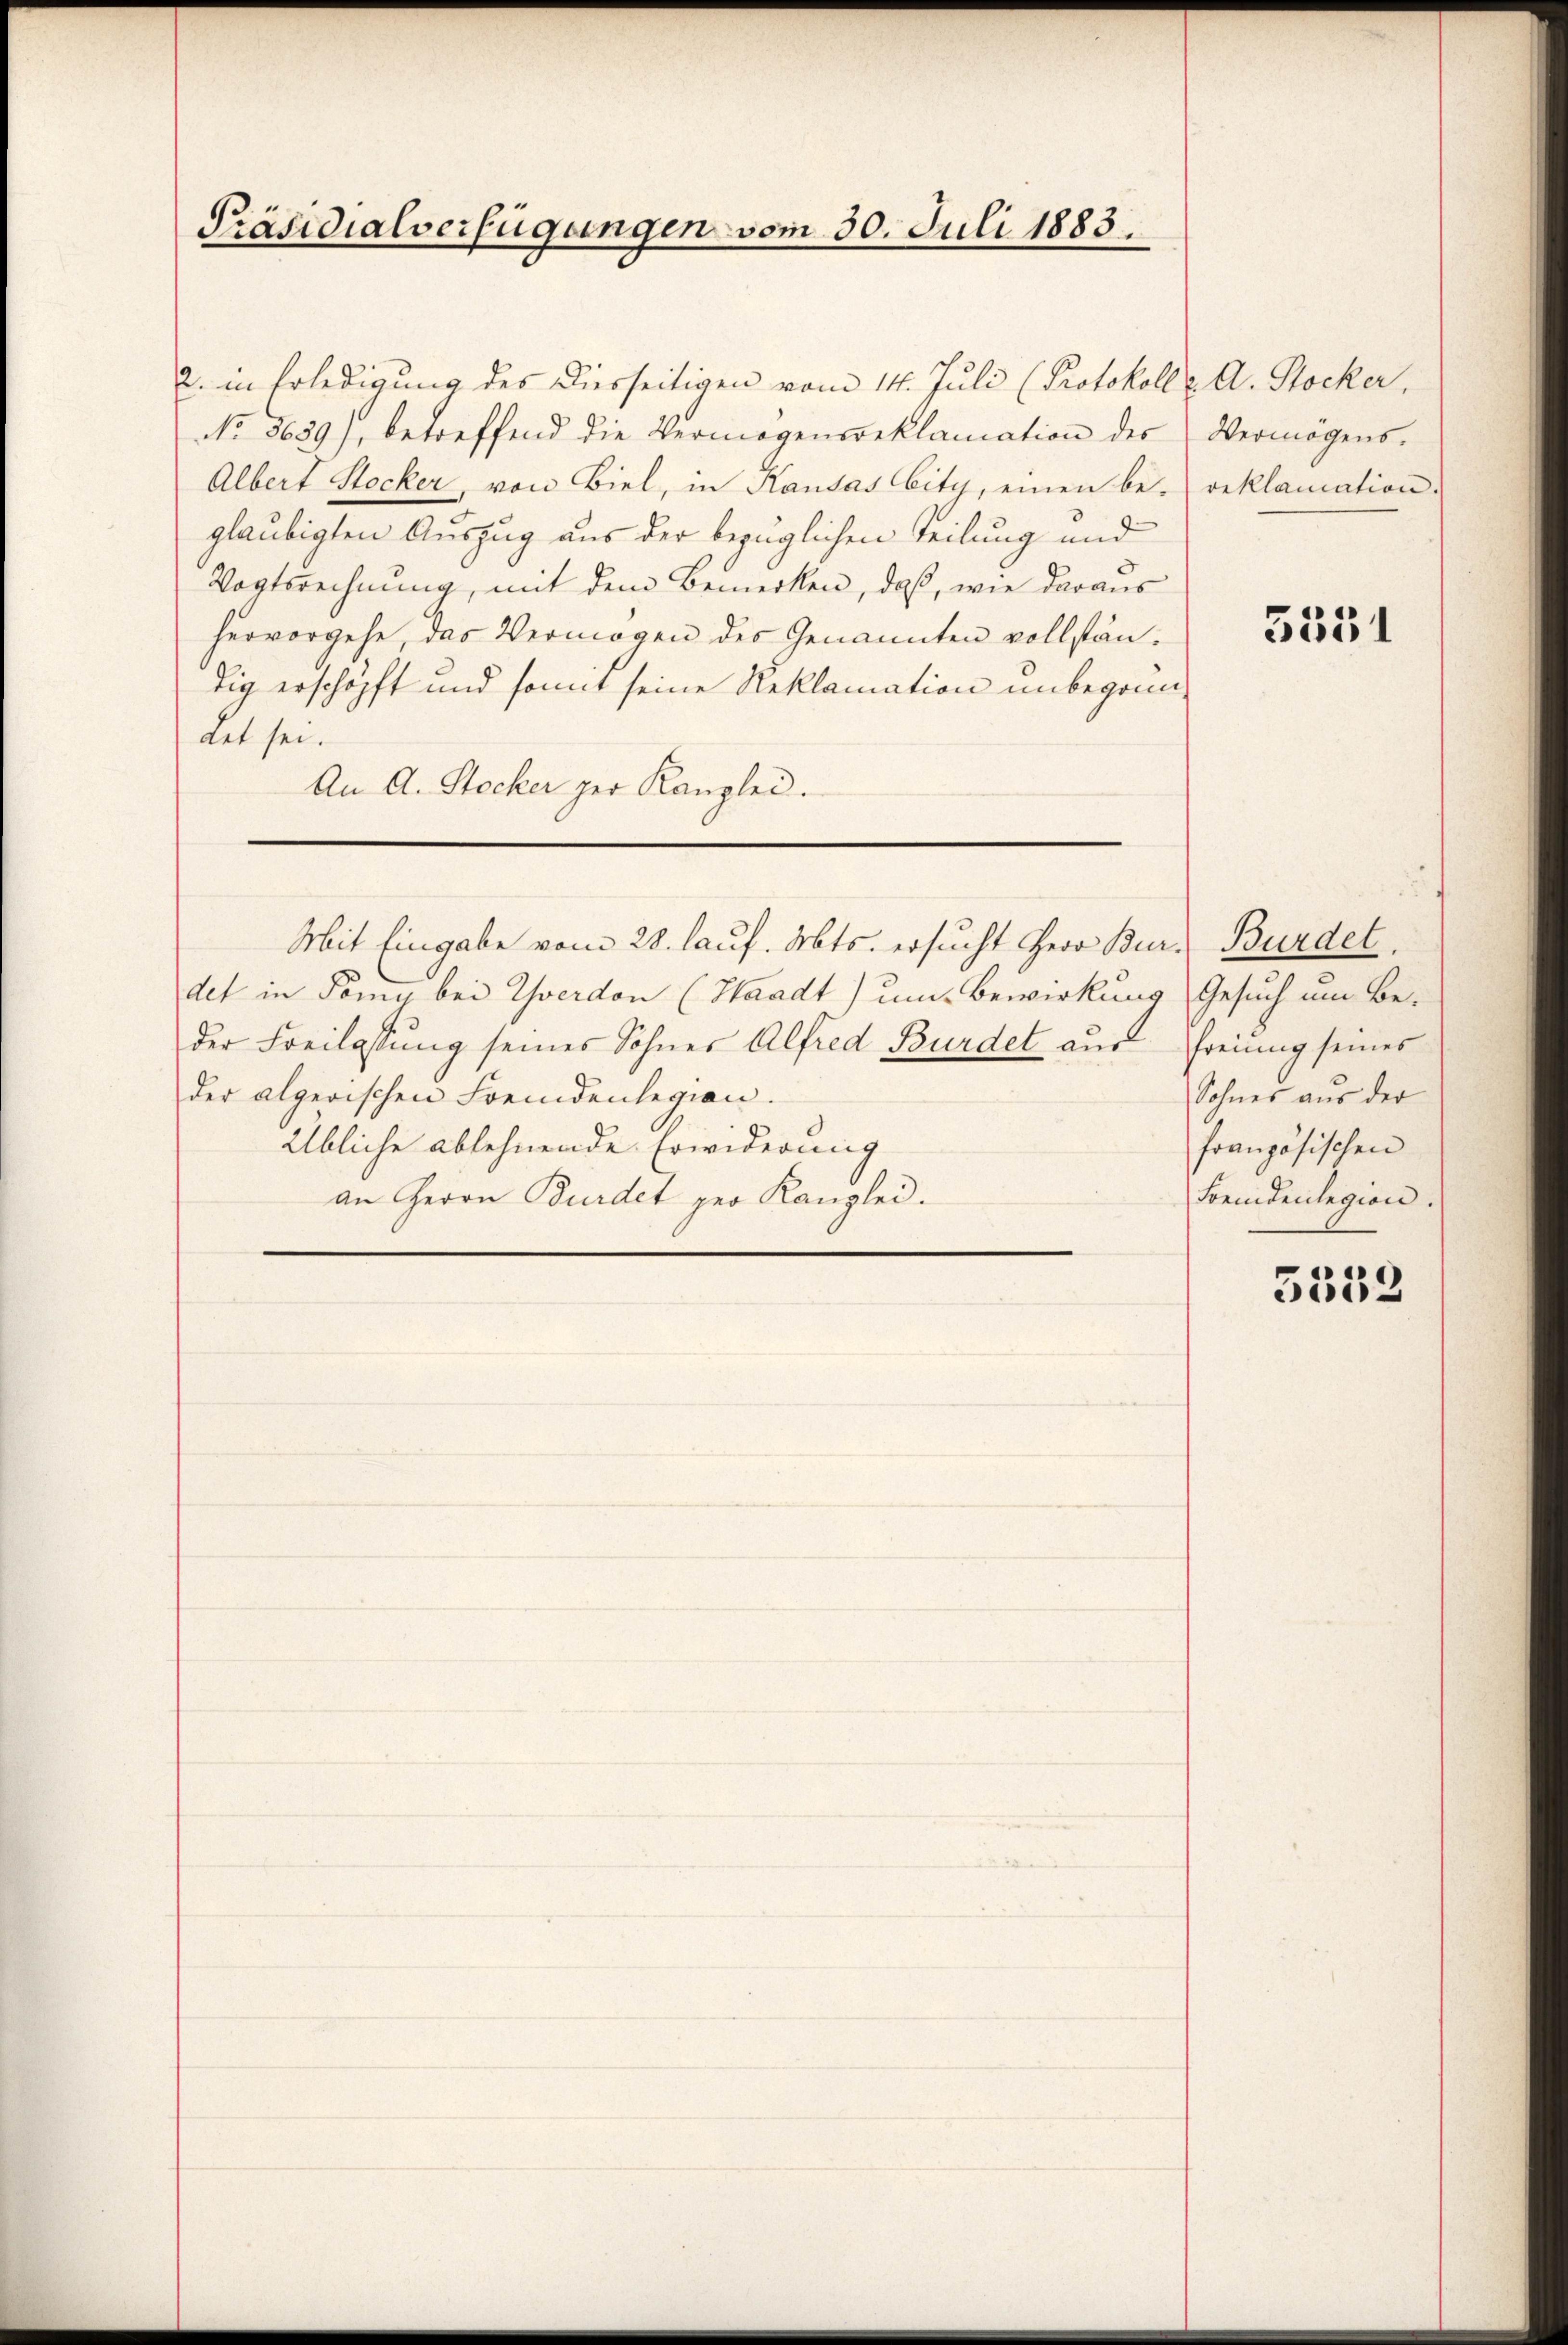
Präsidialverfügungen vom 30. Juli 1883.

2. in Erledigung des Diesseitigen vom 14. Juli (Protokoll u. A. Stocker,
No 3639), betreffend die Vermögensreklamation des
Albert Stocker, von Biel, in Kausas bity, einen be- reklamation.
gläubigten Auszug aus der bezüglichen Teilung und
Vogtsrechnung, mit dem Bemerken, daß, wie daraus
hervorgehe, das Vermögen des Genannten vollstäntig erschopft und somit seine Reklamation unbeganndet sei.
An A. Stocker per Kanzlei.

Mit Eingabe vom 28. lauf. Mts. ersucht Herr Burdet in Töny bei Yverdon (Waadt) um Bewirkung Gesuch um Be-
der Freilassŭng seines Sohnes Alfred Bürdet aus Freiung seines
der algerischen Fremdenlegion.
Übliche ablehnende Erwiderung
an Herrn Bürdet per Kanzlei.

Vermögens.

5351

Burdel.
Sohnes aus der
französischen
Fremdenlegion.

5552